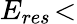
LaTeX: E_{res}\! <